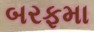
બરફમા